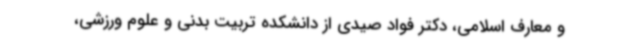
و معارف اسلامی، دکتر فواد صیدی از دانشکده تربیت بدنی و علوم ورزشی،